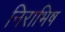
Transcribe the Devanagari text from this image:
निराभिष